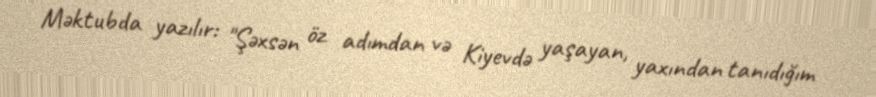
Məktubda yazılır: "Şəxsən öz adımdan və Kiyevdə yaşayan, yaxından tanıdığım